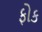
ફોક